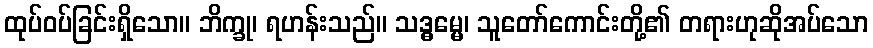
ထုပ်ဝပ်ခြင်းရှိသော။ ဘိက္ခု၊ ရဟန်းသည်။ သဒ္ဓမ္မေ၊ သူတော်ကောင်းတို့၏ တရားဟုဆိုအပ်သော